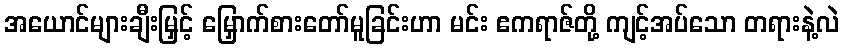
အယောင်များချီးမြှင့် မြှောက်စားတော်မူခြင်းဟာ မင်း ဧကရာဇ်တို့ ကျင့်အပ်သော တရားနဲ့လဲ